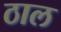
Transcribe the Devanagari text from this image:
ठाल